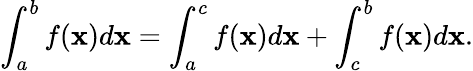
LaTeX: \int_{a}^{b}f(\mathbf{x})d\mathbf{x}=\int_{a}^{c}f(\mathbf{x})d\mathbf{x}+\int_{c}^{b}f(\mathbf{x})d\mathbf{x}.